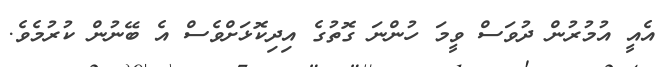
އެއީ އުމުރުން ދުވަސް ވީމަ ހުންނަ ގޮތުގެ އިދިކޮޅަށްވެސް އެ ބޭނުން ކުރުމެވެ.